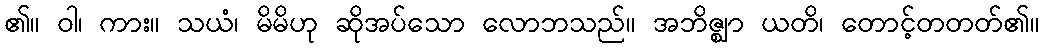
၏။ ဝါ၊ ကား။ သယံ၊ မိမိဟု ဆိုအပ်သော လောဘသည်။ အဘိဇ္ဈာ ယတိ၊ တောင့်တတတ်၏။